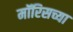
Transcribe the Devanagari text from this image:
मॉरिसच्या